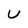
Character: U